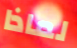
لماذا